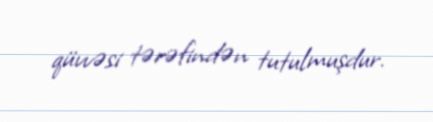
qüvvəsi tərəfindən tutulmuşdur.